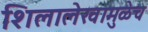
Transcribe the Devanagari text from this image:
शिलालेखामुळेच